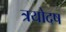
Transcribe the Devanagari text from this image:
त्रयोदष